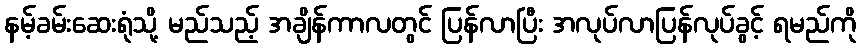
နမ့်ခမ်းဆေးရုံသို့ မည်သည့် အချိန်ကာလတွင် ပြန်လာပြီး အလုပ်လာပြန်လုပ်ခွင့် ရမည်ကို